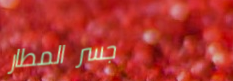
جسر المطار